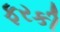
ફરકી